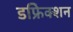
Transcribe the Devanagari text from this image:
डफ्रेिक्शन